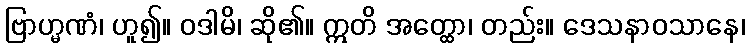
ဗြာဟ္မဏံ၊ ဟူ၍။ ဝဒါမိ၊ ဆို၏။ ဣတိ အတ္ထော၊ တည်း။ ဒေသနာဝသာနေ၊